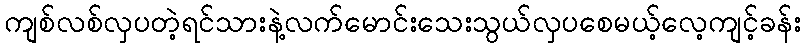
ကျစ်လစ်လှပတဲ့ရင်သားနဲ့လက်မောင်းသေးသွယ်လှပစေမယ့်လေ့ကျင့်ခန်း